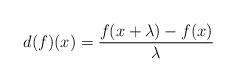
LaTeX: \begin{gather*}d(f)(x) = \frac{f(x+\lambda)-f(x)}{\lambda}\end{gather*}